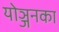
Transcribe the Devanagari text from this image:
योञ्जनका